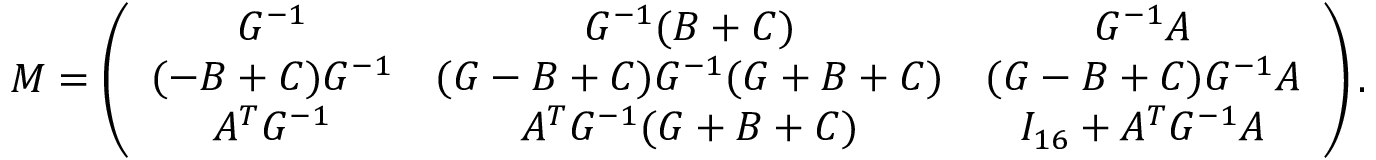
{ \cal M } = \left( \begin{array} { c c c } { { G ^ { - 1 } } } & { { G ^ { - 1 } ( B + C ) } } & { { G ^ { - 1 } A } } \\ { { ( - B + C ) G ^ { - 1 } } } & { { ( G - B + C ) G ^ { - 1 } ( G + B + C ) } } & { { ( G - B + C ) G ^ { - 1 } A } } \\ { { A ^ { T } G ^ { - 1 } } } & { { A ^ { T } G ^ { - 1 } ( G + B + C ) } } & { { I _ { 1 6 } + A ^ { T } G ^ { - 1 } A } } \end{array} \right) .